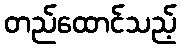
တည်ထောင်သည့်